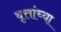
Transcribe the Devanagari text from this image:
वृत्तांच्या